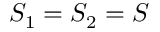
S _ { 1 } = S _ { 2 } = S